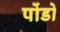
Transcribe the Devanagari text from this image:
पोंडो